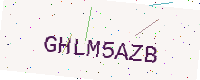
Text: GHLM5AZB